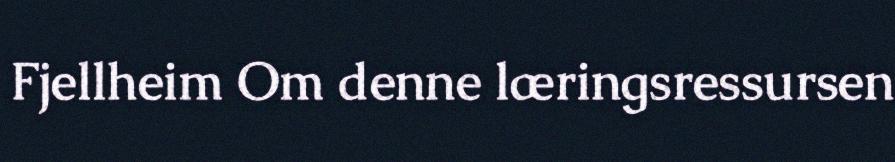
Fjellheim Om denne læringsressursen